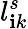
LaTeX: l_{\mathbf{i}k}^{s}